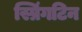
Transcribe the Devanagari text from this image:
स्प्रिंगटिन